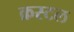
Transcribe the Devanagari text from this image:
क्रस्टल